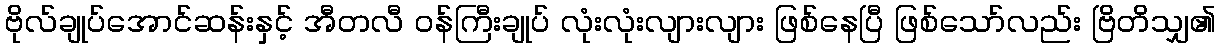
ဗိုလ်ချုပ်အောင်ဆန်းနှင့် အီတလီ ဝန်ကြီးချုပ် လုံးလုံးလျားလျား ဖြစ်နေပြီ ဖြစ်သော်လည်း ဗြိတိသျှ၏